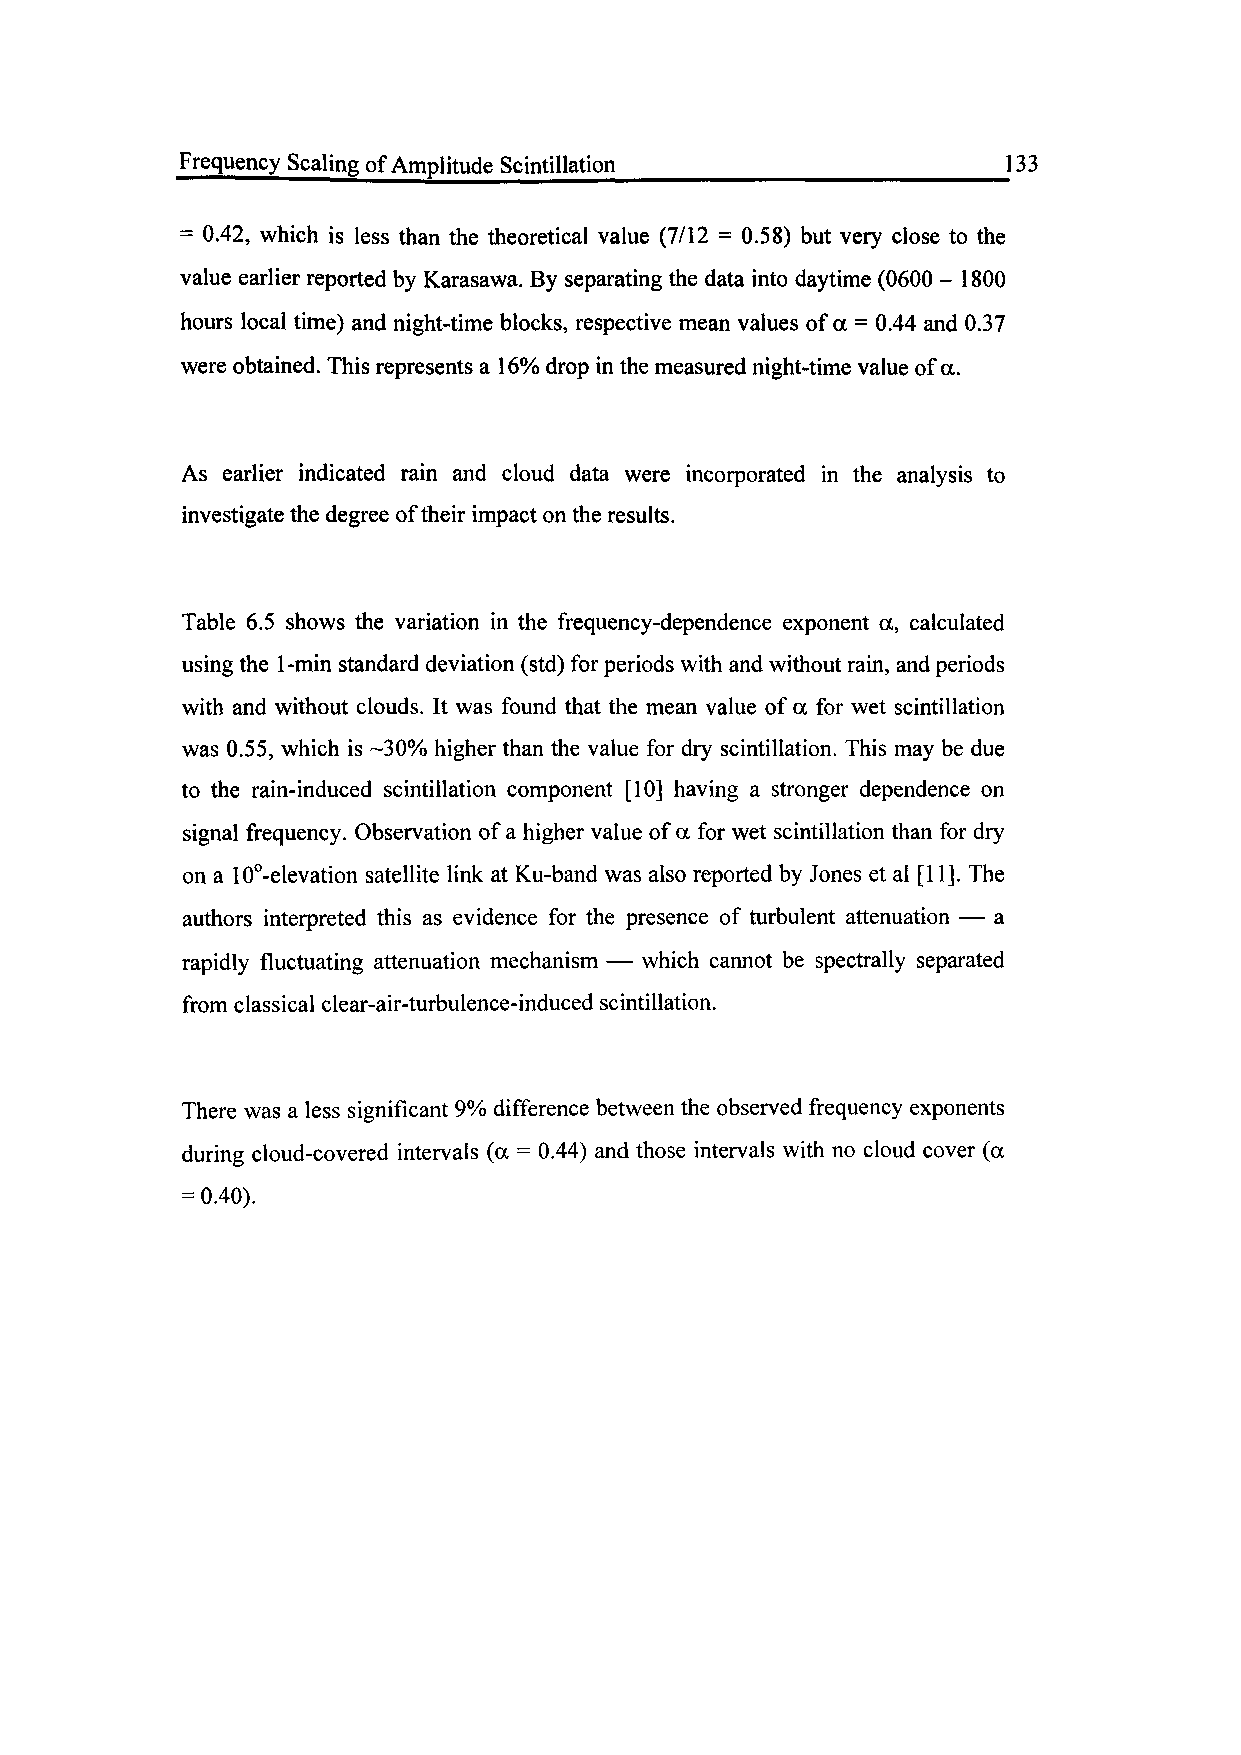
Frequency Scaling of Amplitude Scintillation_____________________133
 = 0.42, which is less than the theoretical value (7/12 = 0.58) but very close to the
 value earlier reported by Karasawa. By separating the data into daytime (0600 - 1800
 hours local time) and night-time blocks, respective mean values of a = 0.44 and 0.37
 were obtained. This represents a 16% drop in the measured night-time value of a.
 As earlier indicated rain and cloud data were incorporated in the analysis to
 investigate the degree of their impact on the results.
 Table 6.5 shows the variation in the frequency-dependence exponent a, calculated
 using the 1-min standard deviation (std) for periods with and without rain, and periods
 with and without clouds. It was found that the mean value of a for wet scintillation
 was 0.55, which is -30% higher than the value for dry scintillation. This may be due
 to the rain-induced scintillation component [10] having a stronger dependence on
 signal frequency. Observation of a higher value of a for wet scintillation than for dry
 on a 10°-elevation satellite link at Ku-band was also reported by Jones et al [11]. The
 authors interpreted this as evidence for the presence of turbulent attenuation — a
 rapidly fluctuating attenuation mechanism — which cannot be spectrally separated
 from classical clear-air-turbulence-induced scintillation.
 There was a less significant 9% difference between the observed frequency exponents
 during cloud-covered intervals (a = 0.44) and those intervals with no cloud cover (a
 = 0.40).